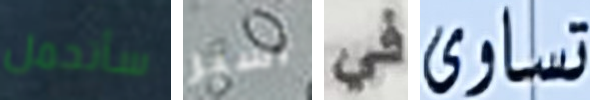
سأتحمل أسير في تساوى